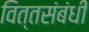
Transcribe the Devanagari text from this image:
वित्तसंबंधी